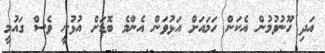
އަދި ހޫނުވުމުން އެކަން ހަމައަށް އަޅުވަން އެންމެ ބޮޑަށް އުޅުނީ ވެސް ގައުމީ